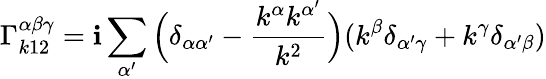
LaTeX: \Gamma_{k12}^{\alpha\beta\gamma}=\mathbf{i}\sum_{\alpha^{\prime}}\Big(\delta_{\alpha\alpha^{\prime}}-\frac{{k^{\alpha}k^{\alpha^{\prime}}}}{{k^{2}}}\Big)(k^{\beta}\delta_{\alpha^{\prime}\gamma}+k^{\gamma}\delta_{\alpha^{\prime}\beta})